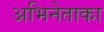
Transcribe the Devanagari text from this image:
अभिनेताका